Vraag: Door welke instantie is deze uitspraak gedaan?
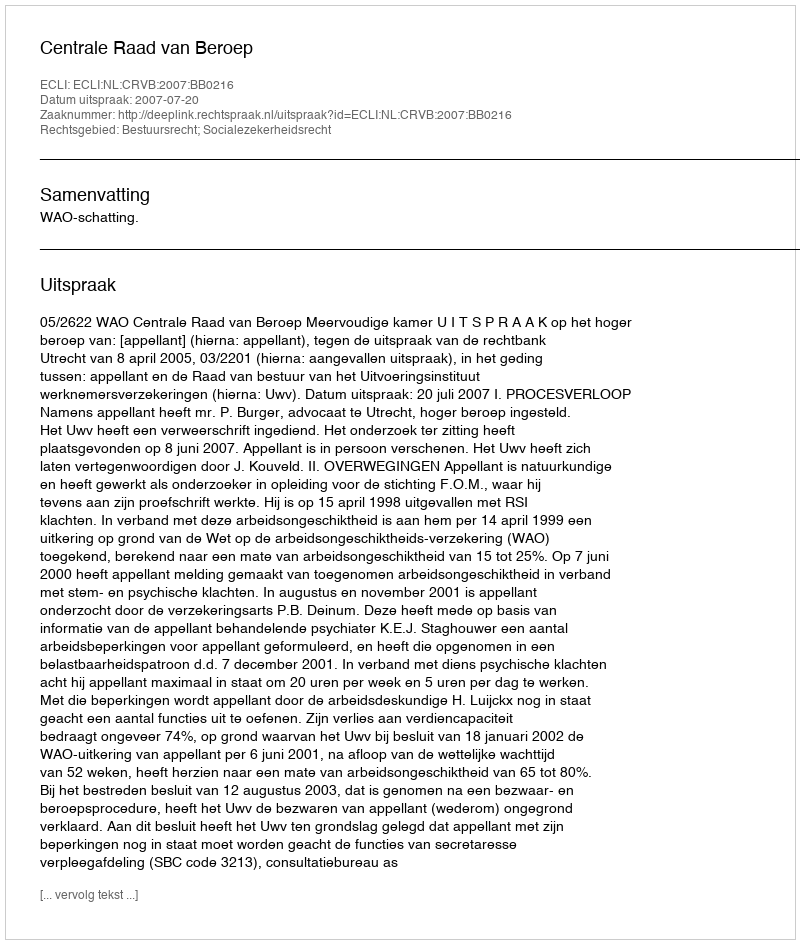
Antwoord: Centrale Raad van Beroep